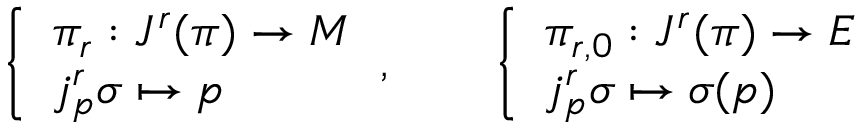
{ \left\{ \begin{array} { l l } { \pi _ { r } : J ^ { r } ( \pi ) \to M } \\ { j _ { p } ^ { r } \sigma \mapsto p } \end{array} \right. } , \qquad { \left\{ \begin{array} { l l } { \pi _ { r , 0 } : J ^ { r } ( \pi ) \to E } \\ { j _ { p } ^ { r } \sigma \mapsto \sigma ( p ) } \end{array} \right. }